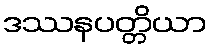
ဒဿနပတ္တိယာ